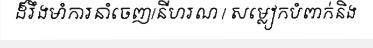
ដ៏រឹងមាំការនាំចេញ/នីហរណ / សម្លៀកបំពាក់និង